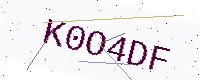
Text: K0O4DF